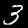
Label: 3